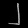
Digit: ၂